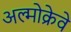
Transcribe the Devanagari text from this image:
अल्मोक्रेवे